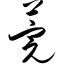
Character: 莞